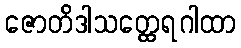
ဇောတိဒါသတ္ထေရဂါထာ